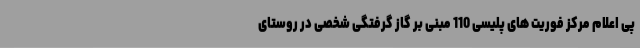
پی اعلام مرکز فوریت های پلیسی 110 مبنی بر گاز گرفتگی شخصی در روستای